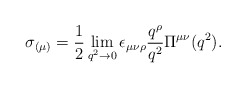
\begin{align*}\sigma_{(\mu)}=\frac{1}{2}\lim_{q^2\to 0} \epsilon_{\mu\nu\rho} \frac{q^\rho }{q^2}\Pi^{\mu\nu}(q^2). \end{align*}